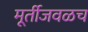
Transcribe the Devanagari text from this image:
मूर्तीजवळच